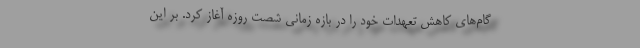
گام‌های کاهش تعهدات خود را در بازه زمانی شصت روزه آغاز کرد. بر این